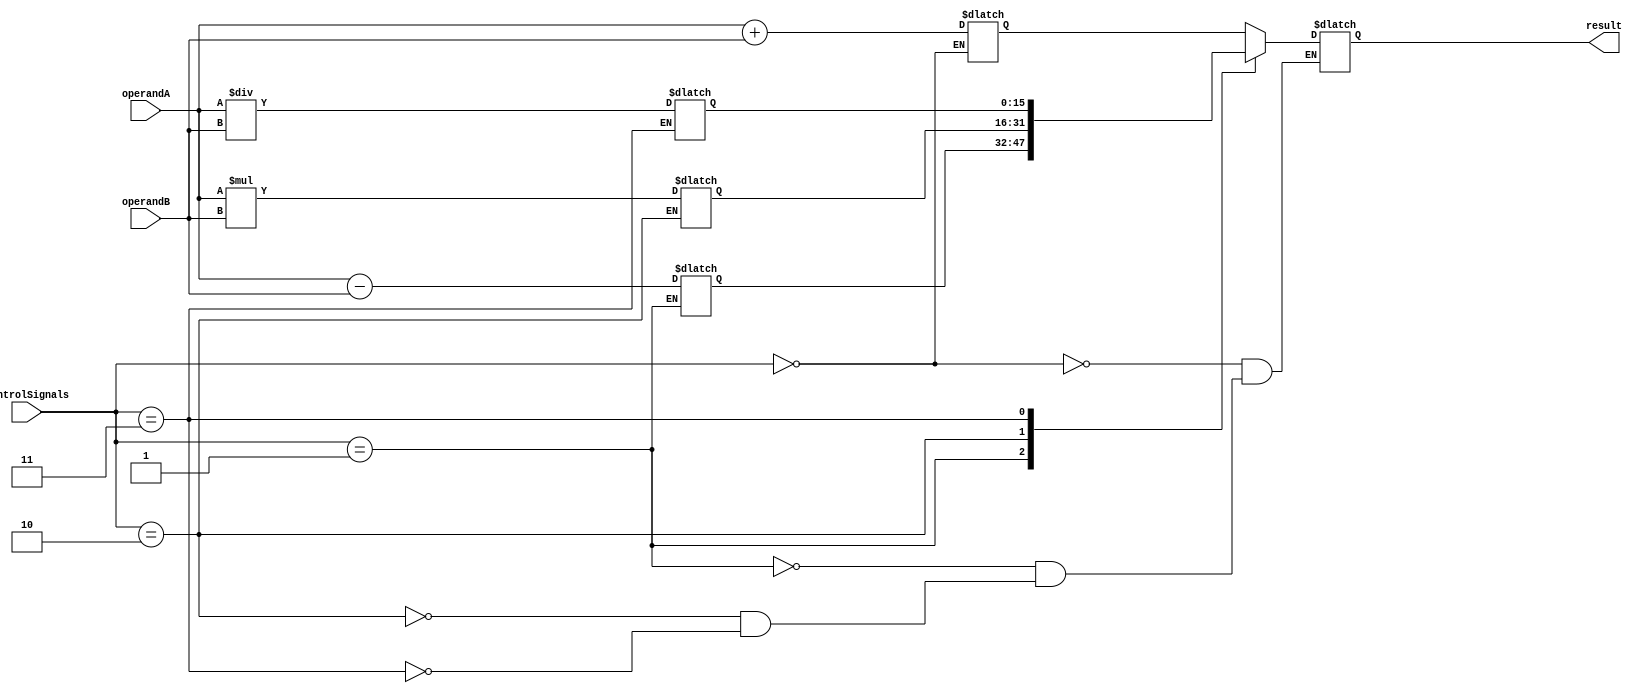
module ALU_16bit (
    input [15:0] operandA,
    input [15:0] operandB,
    input [2:0] controlSignals, // control signals for selecting operation
    output reg [15:0] result
);

reg [15:0] add_result;
reg [15:0] sub_result;
reg [15:0] mul_result;
reg [15:0] div_result;

always @(*) begin
    case(controlSignals)
        3'b000 : begin // addition operation
            add_result = operandA + operandB;
        end
        3'b001 : begin // subtraction operation
            sub_result = operandA - operandB;
        end
        3'b010 : begin // multiplication operation
            mul_result = operandA * operandB;
        end
        3'b011 : begin // division operation
            div_result = operandA / operandB;
        end
        // add more cases for additional arithmetic operations if needed
    endcase
end

always @(*) begin
    case(controlSignals)
        3'b000 : begin // addition operation
            result = add_result;
        end
        3'b001 : begin // subtraction operation
            result = sub_result;
        end
        3'b010 : begin // multiplication operation
            result = mul_result;
        end
        3'b011 : begin // division operation
            result = div_result;
        end
        // add more cases for additional arithmetic operations if needed
    endcase
end

endmodule